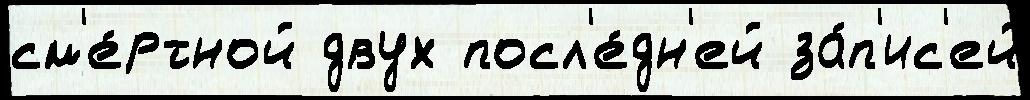
см'е́ртной двух посл'е́дн'ей за́п'ис'ей